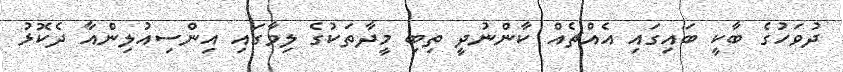
ދުވަހުގެ ބާކީ ބައިގައި އެއްޗެއް ކާންނުދީ ތިބި މީދާތަކުގެ ލިވާގައި އިންސިއުލިންއާ ދެކޮޅު